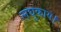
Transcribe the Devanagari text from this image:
लघुकाय।